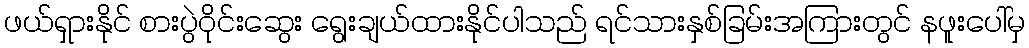
ဖယ်ရှားနိုင် စားပွဲဝိုင်းဆွေး ရွေးချယ်ထားနိုင်ပါသည် ရင်သားနှစ်ခြမ်းအကြားတွင် နဖူးပေါ်မှ